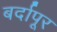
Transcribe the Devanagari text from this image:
बर्दापूर